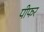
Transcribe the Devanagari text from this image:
पीफर